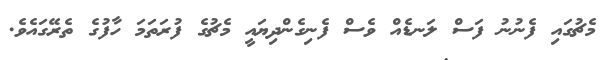
މެޗުގައި ފެނުނު ފަސް ލަނޑެއް ވެސް ފެނިގެންދިޔައީ މެޗުގެ ފުރަތަމަ ހާފުގެ ތެރޭގައެވެ.